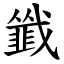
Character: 韱